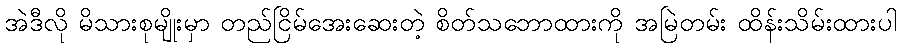
အဲဒီလို မိသားစုမျိုးမှာ တည်ငြိမ်အေးဆေးတဲ့ စိတ်သဘောထားကို အမြဲတမ်း ထိန်းသိမ်းထားပါ